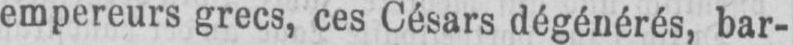
empereurs grecs, ces Césars dégénérés, bar-